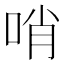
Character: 哨